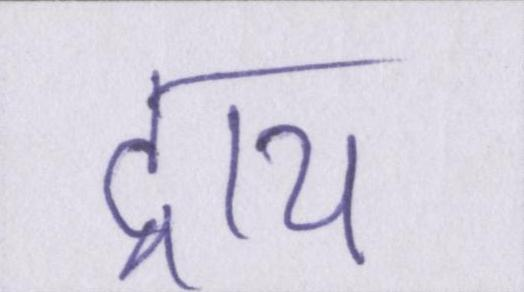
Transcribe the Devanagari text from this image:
ट्राय